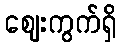
ဈေးကွက်ရှိ